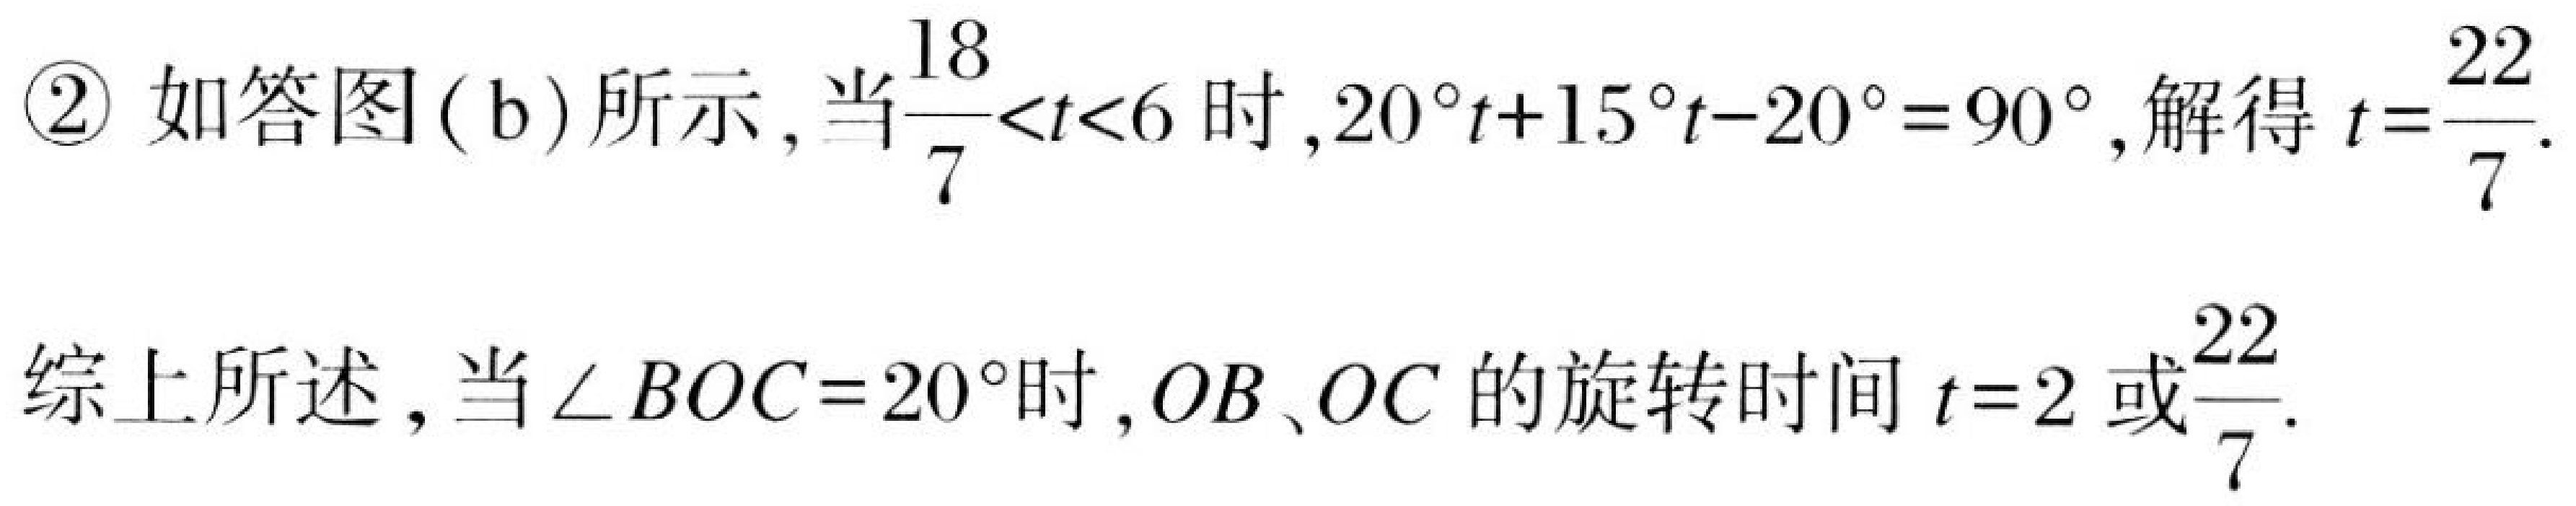
\textcircled{2} 如答图( b)所示, 当\(\frac{18}{7}<t<6\)时, \(20^{\circ}t + 15^{\circ}t-20^{\circ}=90^{\circ}\), 解得 \(t = \frac{22}{7}\).

综上所述, 当\(\angle BOC = 20^{\circ}\)时, \(OB\)、\(OC\) 的旋转时间 \(t = 2\) 或\(\frac{22}{7}\).